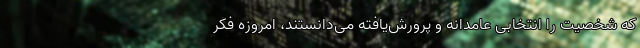
که شخصیت را انتخابی عامدانه و پرورش‌یافته می‌دانستند، امروزه فکر